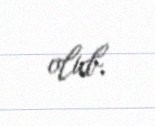
olub.